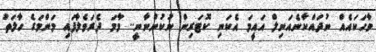
ވާހަކައެއް ނުދައްކާނެއަނިލް އައީމަ އެކަނި ކޮޓަރިން ނުކުންނާނީ.. މާމަ ދެރަވެލާފައި މަންމަގެ ހާލަތު